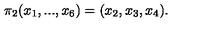
\pi _ { 2 } ( x _ { 1 } , . . . , x _ { 6 } ) = ( x _ { 2 } , x _ { 3 } , x _ { 4 } ) .